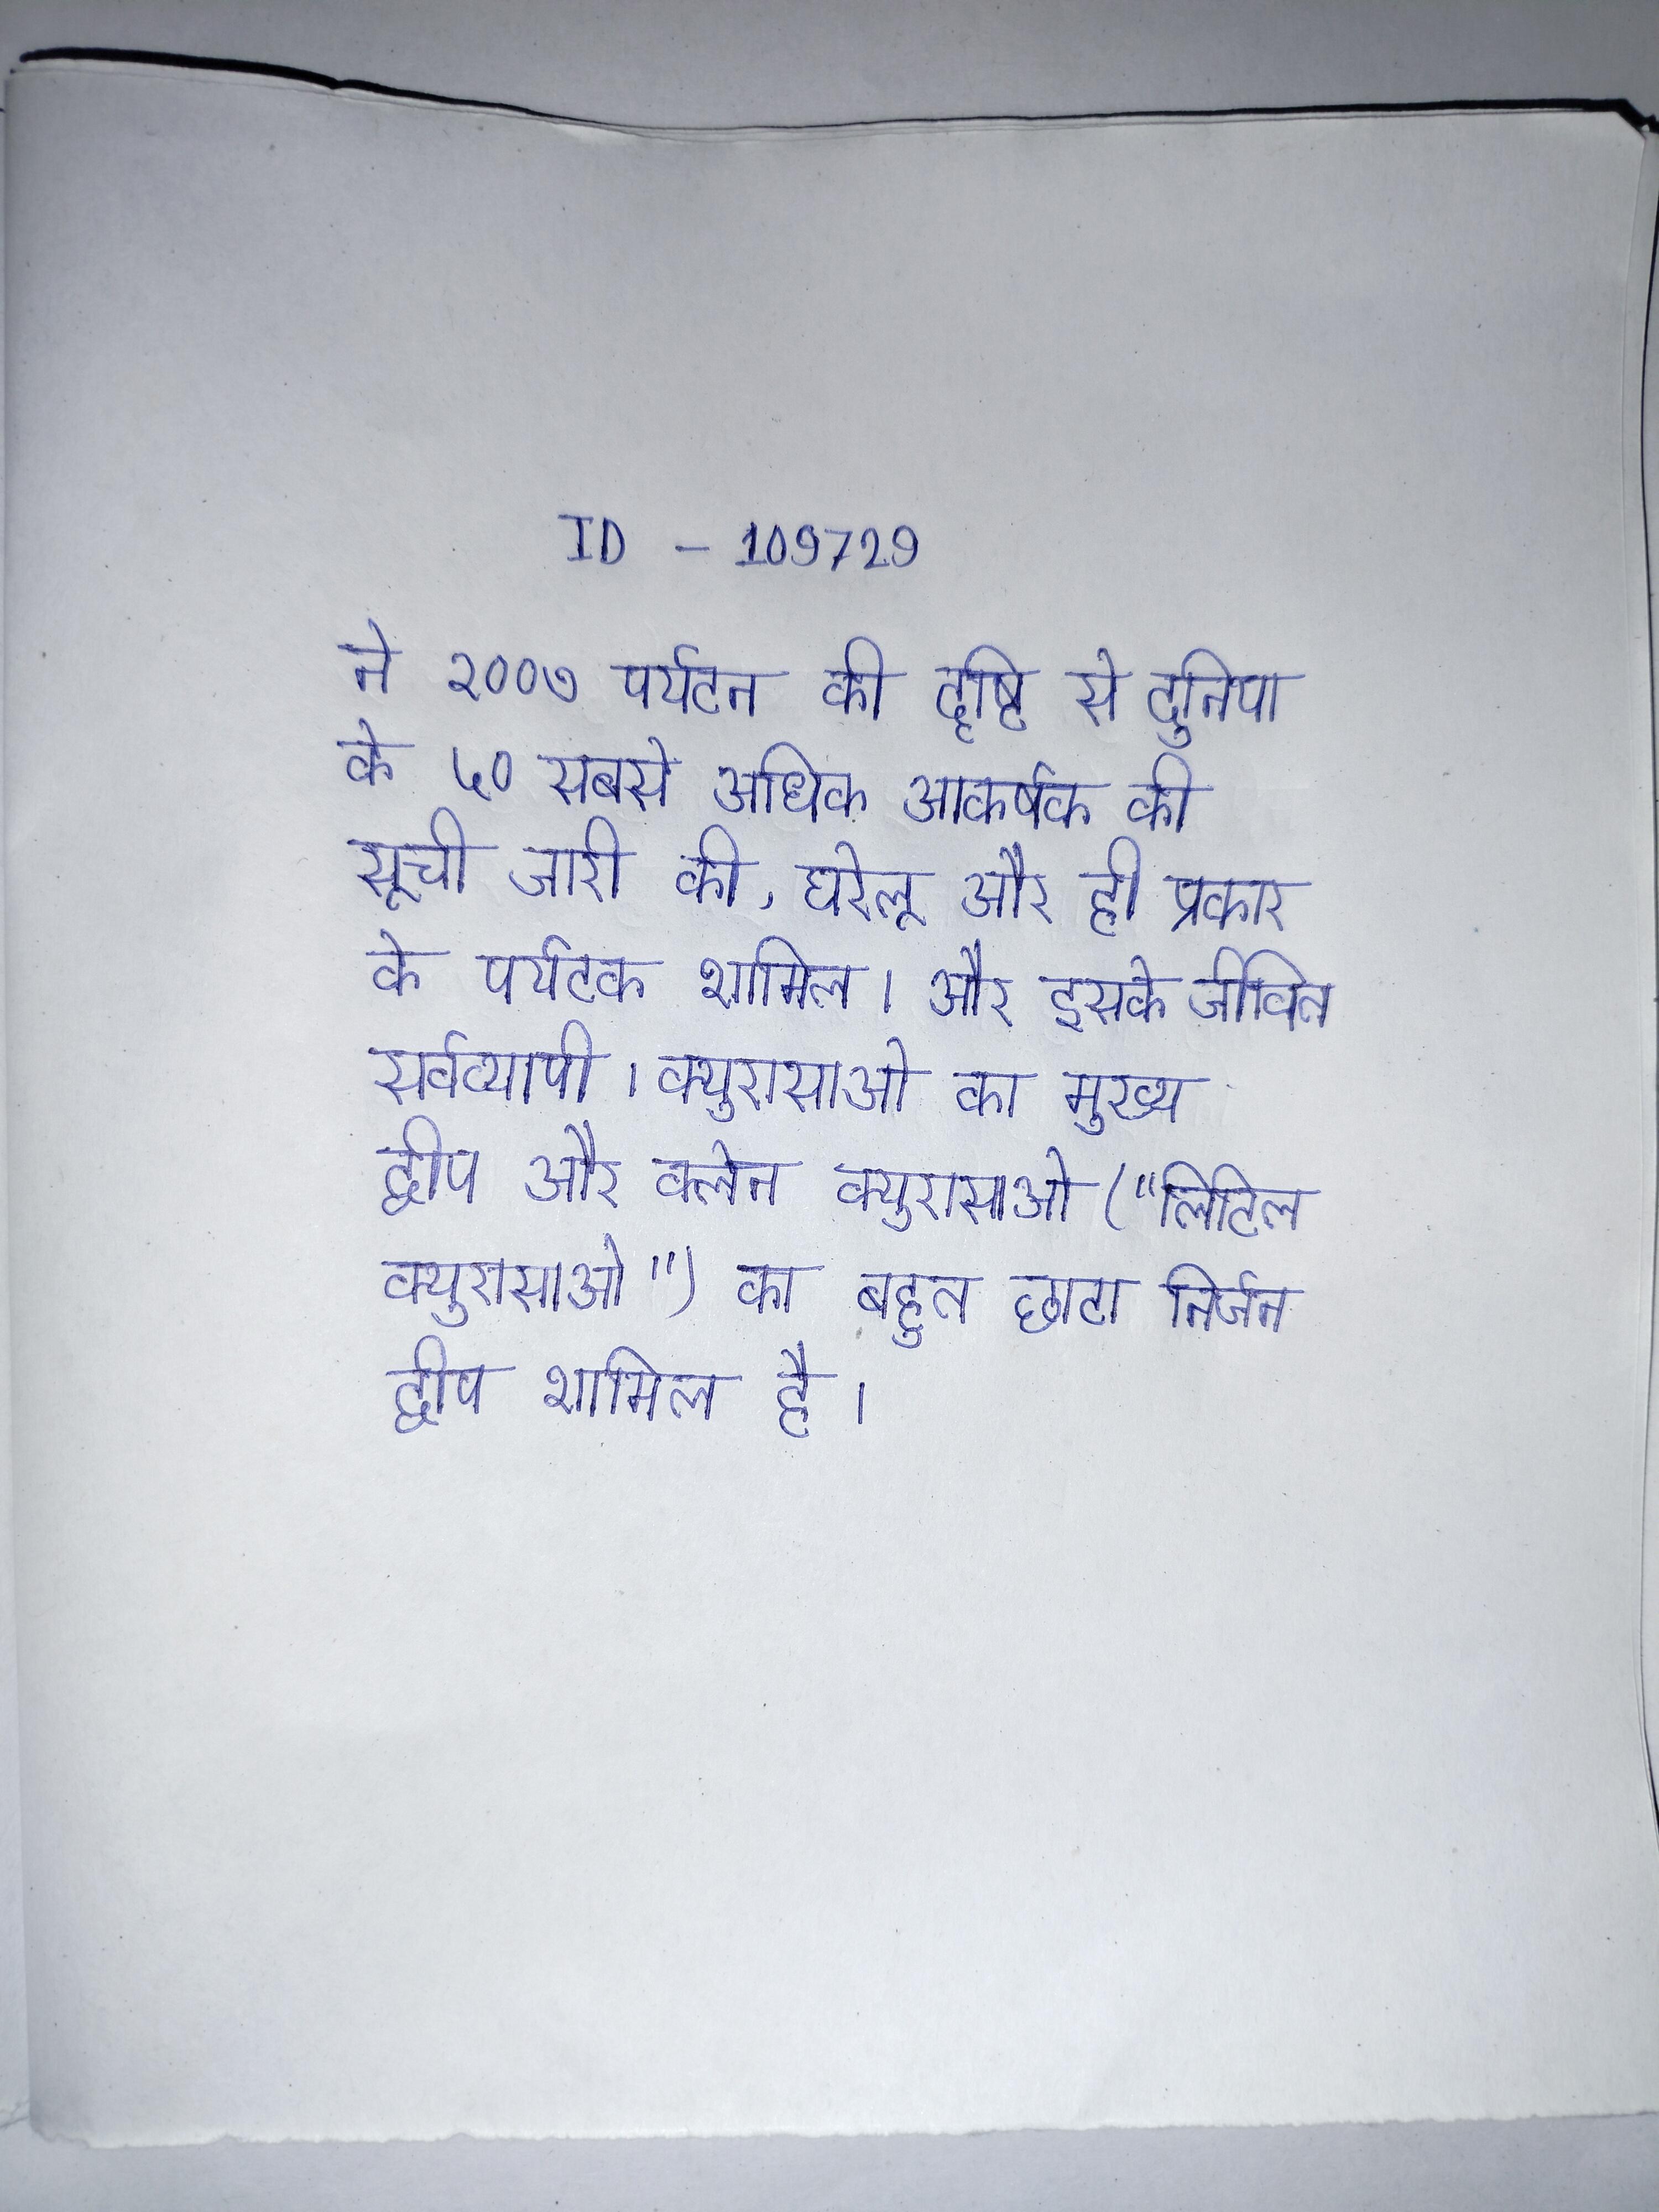
ने २००७ पर्यटन की दृष्टि से दुनिया के ५० सबसे अधिक आकर्षक की सूची जारी की, घरेलू और ही प्रकार के पर्यटक शामिल । और इसके जीवित सर्वव्यापी । क्युरासाओ का मुख्य द्वीप और क्लेन क्युरासाओ ("लिटिल क्युरासाओ") का बहुत छोटा, निर्जन द्वीप शामिल है ।